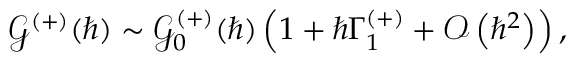
{ \mathcal { G } ^ { ( + ) } ( \hbar ) } \sim { \mathcal { G } _ { 0 } ^ { ( + ) } ( \hbar ) } \left( 1 + \hbar \Gamma _ { 1 } ^ { ( + ) } + \mathcal { O } \left( \hbar ^ { 2 } \right) \right) ,